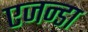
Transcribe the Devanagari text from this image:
एजन्डा